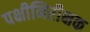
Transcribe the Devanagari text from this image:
पक्षीनिरीक्षक